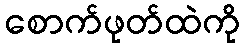
စောက်ဖုတ်ထဲကို